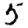
Digit: 5